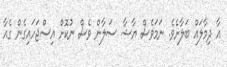
އާ ދިމާލައް ބަލާށެވެ. ނަމަވެސް ޔާޝާ ސަލާން ވެސް ނުކޮށް އިސްޖަހައިގެން ގެއާ